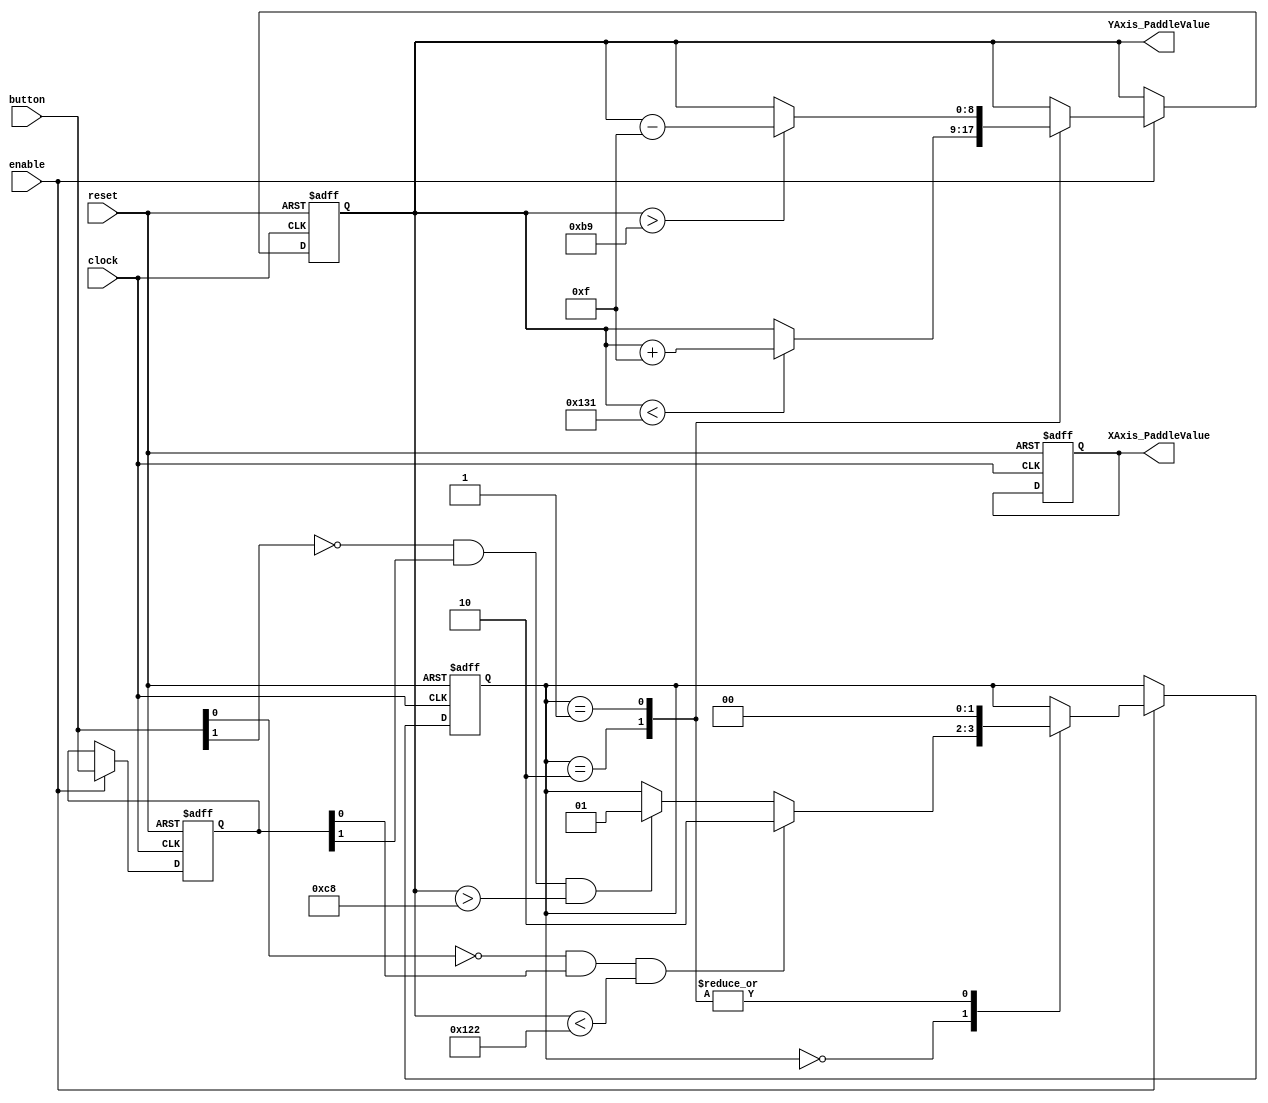
/*Module: paddlemovement.v */
/*Author- Debjani Dutta Gupta */
/* Description: */
/* This is for the movement of the paddles across the y-axis */
///////////////////////////////////////////////////////////////////////////////////////////////////////////

module paddlemovement #(
      parameter X_AXIS_PADDLE_POSITION = 120,  //start position of the paddle in the x axis
		parameter Y_AXIS_PADDLE_POSITION = 240,  //start position of the paddle in the y axis 
		parameter TOPMOST_POSITION = 185,        //top position for first paddle can be changed to another value during instantiation
		parameter BOTTOMMOST_POSITION = 305,     //bottom position for first paddle can be changed to another value during instantiation
		parameter Y_AXIS_PADDLE_SPEED = 15       //speed of the paddle 
)(
      input clock,
		input reset,
		input enable,  //A signal to enable or disable the updating of the paddles position. This might be used to pause the game or hold the paddle's position under certain conditions.
		input      [1:0] button,
		output reg [7:0] XAxis_PaddleValue,
		output reg [8:0] YAxis_PaddleValue
);

// Define states for the paddle movement 
localparam IDLE = 2'b00;
localparam MOVING_UP = 2'b01;
localparam MOVING_DOWN = 2'b10;

// state registers 
reg [1:0] currentState, nextState;

// register to hold previous state of buttons to detect edges 
reg [1:0] button_prev;


always @(posedge clock or posedge reset) begin
   if(reset) begin
	   currentState      <= IDLE;                     //paddle doesnot move
		XAxis_PaddleValue <= X_AXIS_PADDLE_POSITION;   //setting the paddle in the initial x axis position
		YAxis_PaddleValue <= Y_AXIS_PADDLE_POSITION;   //setting the paddle in the initial y axis position
		button_prev       <= 2'b11;                    //a setup condition often used to detect a change from a previously unpressed state
	end else begin
     if(enable) begin	
      currentState <= nextState;                     //This transition reflects a change in the paddle's movement state.
	   button_prev  <= button;                        //button_prev is updated to the current state of button, enabling the detection of changes in button state on the next clock cycle
	   
	   case(currentState)                             //moving the paddle up and down 
	       MOVING_DOWN:
			    if(YAxis_PaddleValue < BOTTOMMOST_POSITION)
				    YAxis_PaddleValue <= YAxis_PaddleValue + Y_AXIS_PADDLE_SPEED;
			 MOVING_UP:
			    if(YAxis_PaddleValue > TOPMOST_POSITION)
				    YAxis_PaddleValue <= YAxis_PaddleValue - Y_AXIS_PADDLE_SPEED;
		endcase
	 end 	
	end 
end 


always @(*) begin
   nextState = currentState;       //stay in the current state
   case(currentState)
       IDLE: begin
		     if(button[0] == 1'b0 && button_prev[0] == 1'b1 && YAxis_PaddleValue < BOTTOMMOST_POSITION - Y_AXIS_PADDLE_SPEED)
			     nextState = MOVING_DOWN;
			  else if(button[1] == 1'b0 && button_prev[1] == 1'b1 && YAxis_PaddleValue > TOPMOST_POSITION + Y_AXIS_PADDLE_SPEED)
			     nextState = MOVING_UP;
		 end
		 MOVING_DOWN: nextState = IDLE; //from MOVING_DOWN state transition back to IDLE
		 MOVING_UP: nextState = IDLE;   //from MOVING_UP state transition back to IDLE
	 endcase
end
			  
endmodule